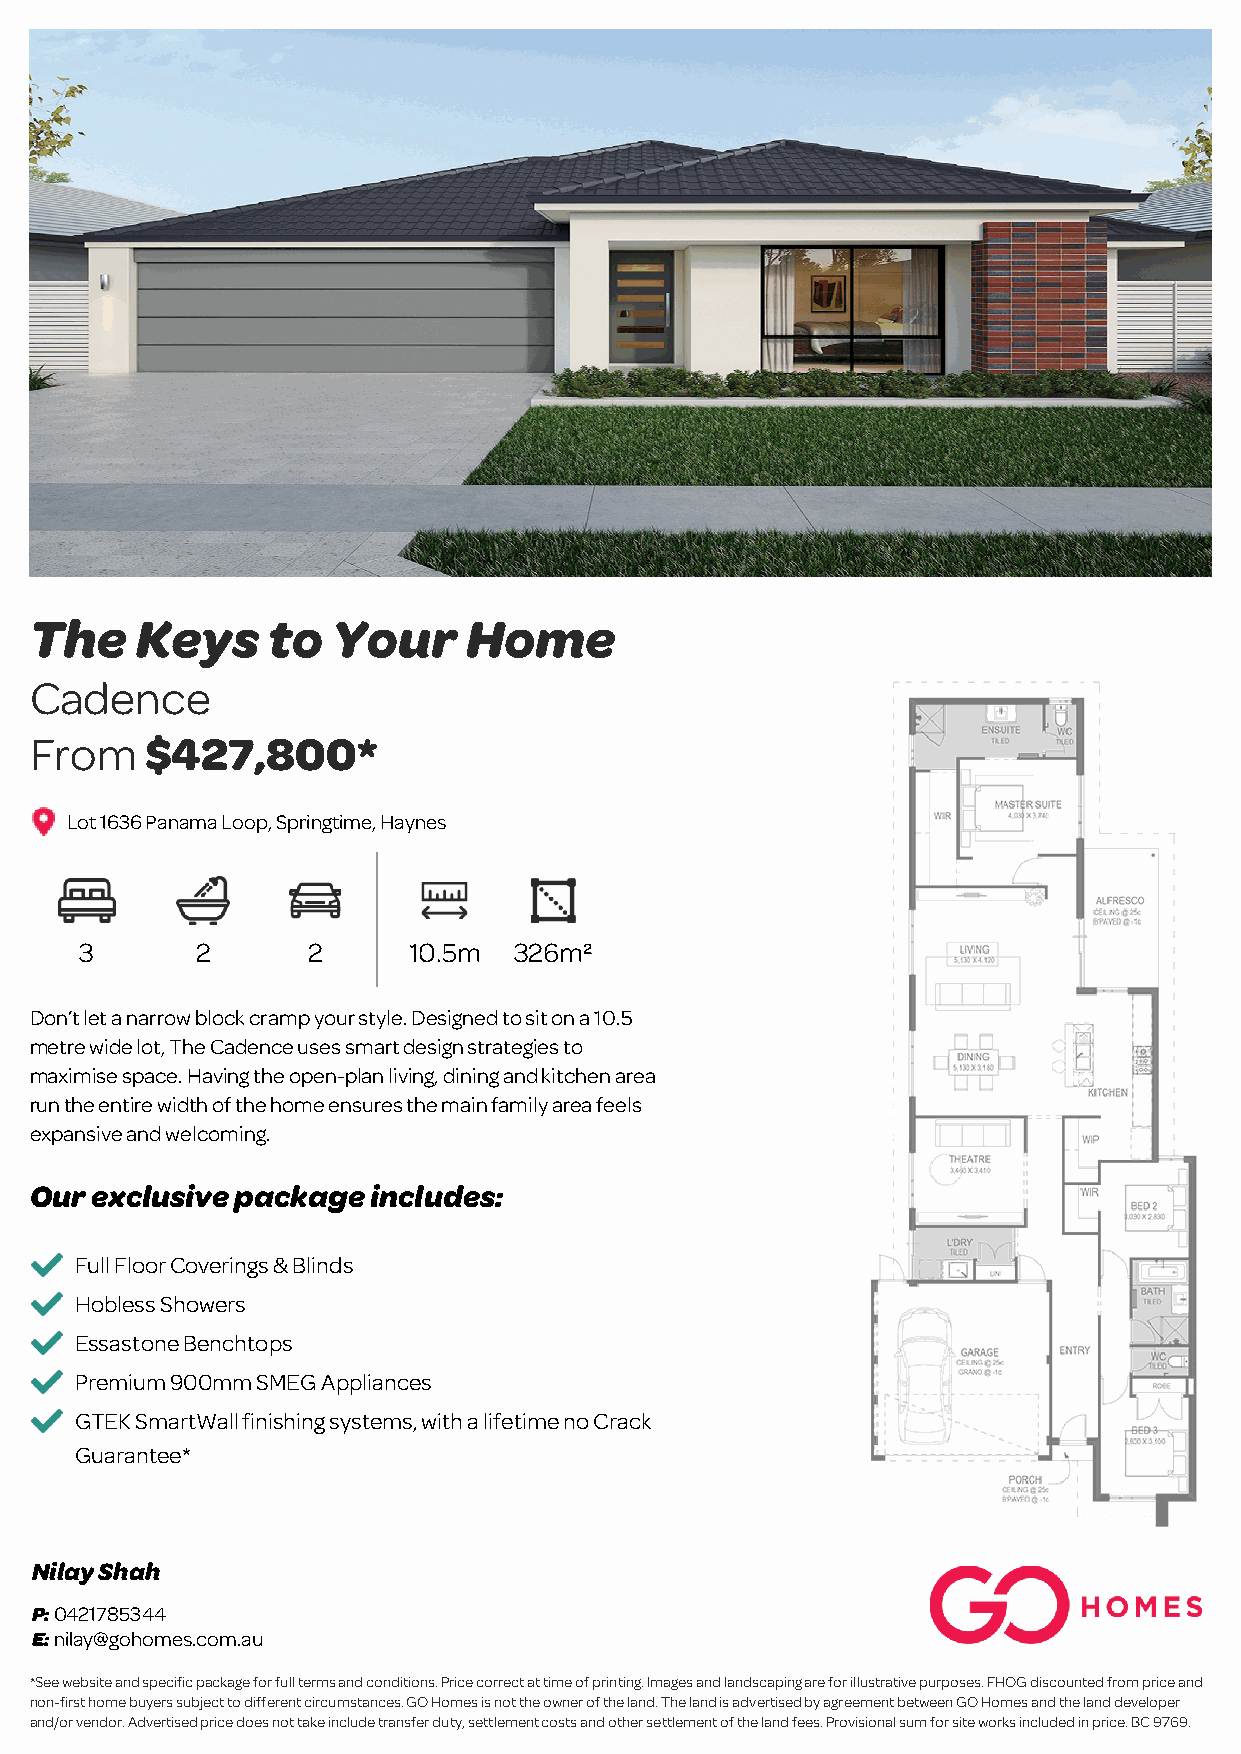
The    Keys     to  Your     Home
 Cadence
 From    $427,800*
 Lot 1636 Panama Loop, Springtime, Haynes
 3       2      2      10.5m  326m²
 Don’t let a narrow block cramp your style. Designed to sit on a 10.5
 metre wide lot, The Cadence uses smart design strategies to
 maximise space. Having the open-plan living, dining and kitchen area
 run the entire width of the home ensures the main family area feels
 expansive and welcoming.
 Our exclusive package includes:
 Full Floor Coverings & Blinds
 Hobless Showers
 Essastone Benchtops
 Premium 900mm SMEG Appliances
 GTEK SmartWall finishing systems, with a lifetime no Crack
 Guarantee*
 Nilay Shah
 P: 0421785344
 E: nilay@gohomes.com.au
 *See website and specific package for full terms and conditions. Price correct at time of printing. Images and landscaping are for illustrative purposes. FHOG discounted from price and
 non-first home buyers subject to different circumstances. GO Homes is not the owner of the land. The land is advertised by agreement between GO Homes and the land developer
 and/or vendor. Advertised price does not take include transfer duty, settlement costs and other settlement of the land fees. Provisional sum for site works included in price. BC 9769.